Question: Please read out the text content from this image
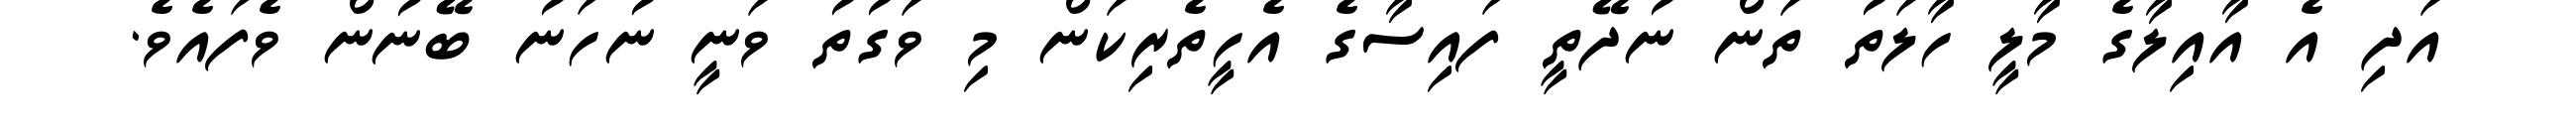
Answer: އަދި އެ އާއިލާގެ މާލީ ހާލަތު ތަން ނުދޭތީ ފައިސާގެ އެހީތެރިކަން މި ވަގުތު ވަނީ ނުހަނު ބޭނުން ވެފައެވެ.